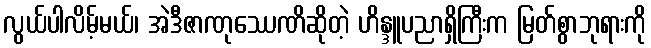
လွယ်ပါလိမ့်မယ်၊ အဲဒီဇာဏုဿေဏိဆိုတဲ့ ဟိန္ဒူပညာရှိကြီးက မြတ်စွာဘုရားကို